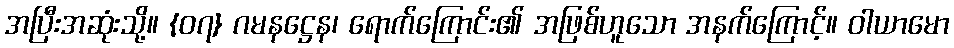
အပြီးအဆုံးသို့။ {၀၇} ဂမနဋ္ဌေန၊ ရောက်ကြောင်း၏ အဖြစ်ဟူသော အနက်ကြောင့်။ ဝါယာမော